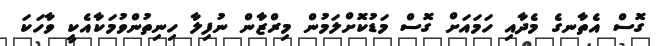
ގޮސް އެތާނގެ މެދާއި ހަމައަށް ގޮސް މަޑުކޮށްލަމުން މިރްޒާން ނުފިލާ ހިނިތުންވުމަކާއެކީ ވާހަކަ